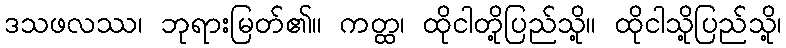
ဒသဖလဿ၊ ဘုရားမြတ်၏။ ကတ္ထ၊ ထိုငါတို့ပြည်သို့။ ထိုငါသို့ပြည်သို့၊